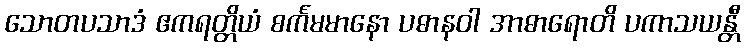
သောတပသာဒံ ဧကရတ္တိယံ စင်္ကမမာနော ပဓာနဝါ အာဓာရောတိ ပကာသယန္တီ